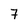
Character: 7